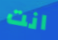
انت